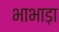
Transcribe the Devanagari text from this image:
भाभाड़ा